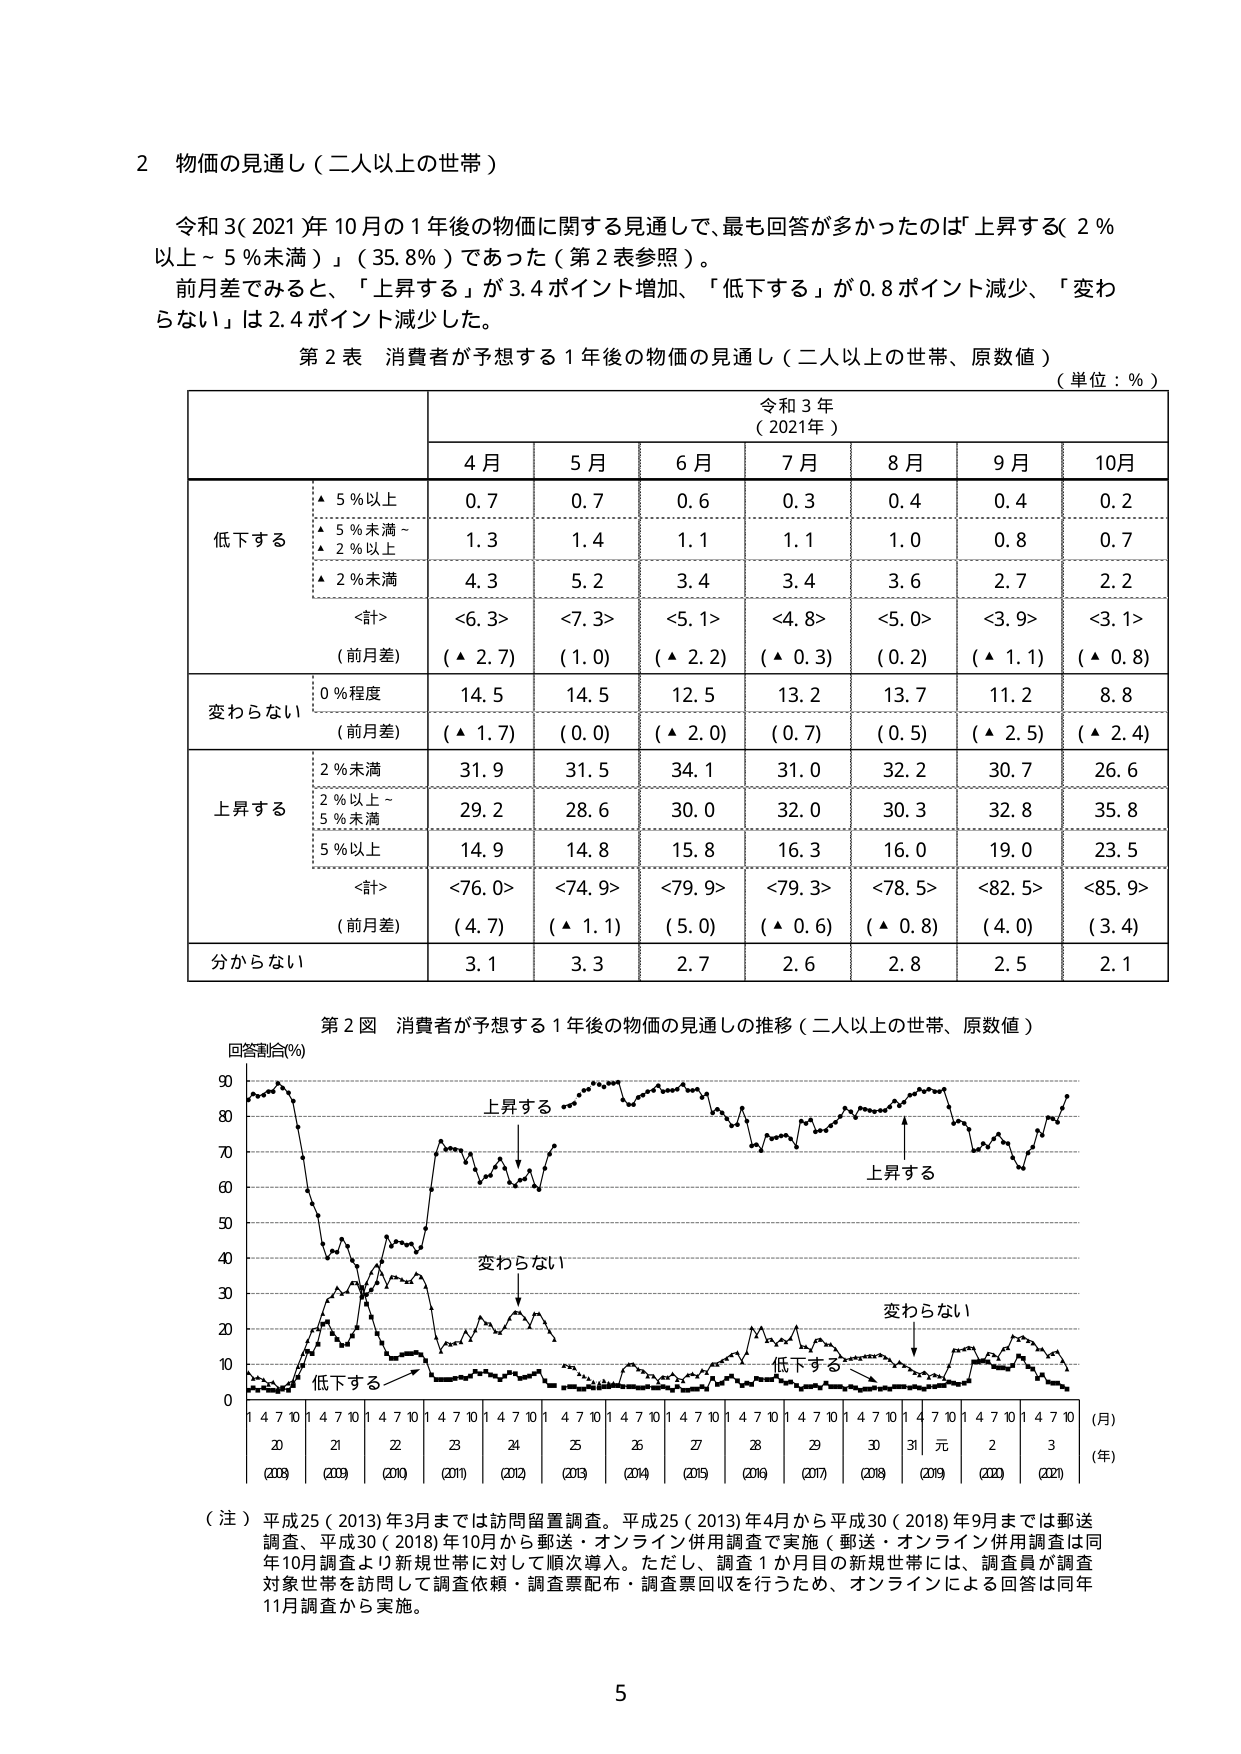
2 物価の見通し（二人以上の世帯）

令和3（2021年）10月の1年後の物価に関する見通しで、最も回答が多かったのは「上昇する（2％以上～5％未満）」（35.8％）であった（第2表参照）。
前月差でみると、「上昇する」が3.4ポイント増加、「低下する」が0.8ポイント減少、「変わらない」は2.4ポイント減少した。

第2表 消費者が予想する1年後の物価の見通し（二人以上の世帯、原数値）
（単位：％）

令和3年
（2021年）

4月 5月 6月 7月 8月 9月 10月

低下する
・5％以上 0.7 0.7 0.6 0.3 0.4 0.4 0.2
・5％未満～2％以上 1.3 1.4 1.1 1.1 1.0 0.8 0.7
・2％未満 4.3 5.2 3.4 3.4 3.6 2.7 2.2
<計> <6.3> <7.3> <5.1> <4.8> <5.0> <3.9> <3.1>
（前月差） （▲2.7） （1.0） （▲2.2） （▲0.3） （0.2） （▲1.1） （▲0.8）

変わらない
0％程度 14.5 14.5 12.5 13.2 13.7 11.2 8.8
（前月差） （▲1.7） （0.0） （▲2.0） （0.7） （0.5） （▲2.5） （▲2.4）

上昇する
2％未満 31.9 31.5 34.1 31.0 32.2 30.7 26.6
2％以上～5％未満 29.2 28.6 30.0 32.0 30.3 32.8 35.8
5％以上 14.9 14.8 15.8 16.3 16.0 19.0 23.5
<計> <76.0> <74.9> <79.9> <79.3> <78.5> <82.5> <85.9>
（前月差） （4.7） （▲1.1） （5.0） （▲0.6） （▲0.8） （4.0） （3.4）

分からない 3.1 3.3 2.7 2.6 2.8 2.5 2.1

第2図 消費者が予想する1年後の物価の見通しの推移（二人以上の世帯、原数値）

回答割合（％）
90
80 上昇する
70
60
50
40 変わらない
30
20
10 低下する 低下する
0
1 4 7 10 1 4 7 10 1 4 7 10 1 4 7 10 1 4 7 10 1 4 7 10 1 4 7 10 1 4 7 10 1 4 7 10 1 4 7 10 1 4 7 10 （月）
20 21 22 23 24 25 26 27 28 29 30 31 元 2 3 （年）
（2018）（2019）（2020）（2021）（2022）（2023）（2024）（2025）（2026）（2027）（2028）（2029）（2030）（2031）（2032）

（注）平成25（2013）年3月までは訪問留置調査。平成25（2013）年4月から平成30（2018）年9月までは郵送調査、平成30（2018）年10月から郵送・オンライン併用調査で実施（郵送・オンライン併用調査は同年10月調査より新規世帯に対して順次導入。ただし、調査1か月目の新規世帯には、調査員が調査対象世帯を訪問して調査依頼・調査票配布・調査票回収を行うため、オンラインによる回答は同年11月調査から実施。

5